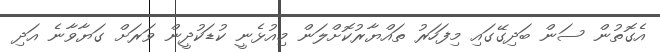
އެގޮތުން ސަން ބަދިގޭގައި މިފަހަރު ތައްޔާރުކޮށްލަން މިއުޅެނީ ކުޑަކުދީން ވަރަށް ގަޔާވާނެ އަދި